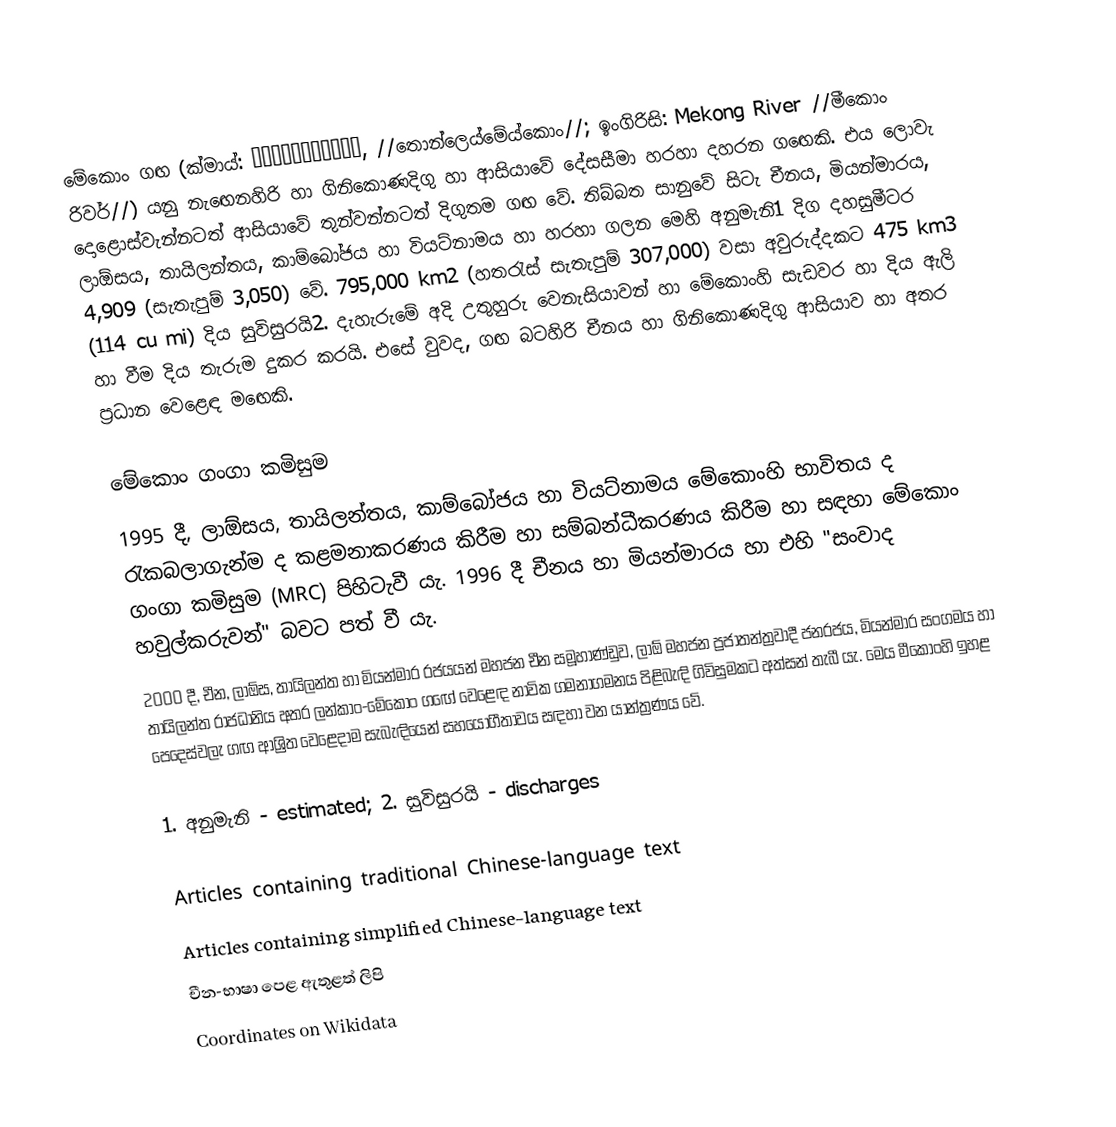
මේකොං ගඟ (ක්මාය්: ទន្លេមេគង្គ, //තොන්ලෙය්මේය්කොං//; ඉංගිරිසි: Mekong River //මීකොං රිවර්//) යනු නැඟෙනහිරි හා ගිනිකොණදිගු හා ආසියාවේ දේසසීමා හරහා දහරන ගඟෙකි. එය ලොවැ දොළොස්වැන්නටත් ආසියාවේ තුන්වන්නටත් දිගුතම ගඟ වේ. තිබ්බත සානුවේ සිටැ චීනය, මියන්මාරය, ලාඕසය, තායිලන්තය, කාම්බෝජය හා වියට්නාමය හා හරහා ගලන මෙහි අනුමැනි1 දිග දහසුමීටර 4,909 (සැතැපුම් 3,050) වේ. 795,000 km2 (හතරැස් සැතැපුම් 307,000) වසා අවුරුද්දකට 475 km3 (114 cu mi) දිය සුවිසුරයි2. දැහැරුමේ අදි උතුහුරු වෙනැසියාවන් හා මේකොංහි සැඩවර හා දිය ඇලි හා වීම දිය තැරුම දුකර කරයි. එසේ වුවද, ගඟ බටහිරි චීනය හා ගිනිකොණදිගු ආසියාව හා අතර ප්‍රධාන වෙළෙඳ මඟෙකි.

මේකොං ගංගා කමිසුම
1995 දී, ලාඕසය, තායිලන්තය, කාම්බෝජය හා වියට්නාමය මේකොංහි භාවිතය ද රැකබලාගැන්ම ද කළමනාකරණය කිරීම හා සම්බන්ධීකරණය කිරීම හා සඳහා මේකොං ගංගා කමිසුම (MRC) පිහිටැවී යැ. 1996 දී චීනය හා මියන්මාරය හා එහි "සංවාද හවුල්කරුවන්" බවට පත් වී යැ.
2000 දී, චීන, ලාඕස, තායිලන්ත හා මියන්මාර රජයයන් මහජන චීන සමූහාණ්ඩුව, ලාඕ මහජන ප්‍රජාතන්ත්‍රවාදී ජනරජය, මියන්මාර සංගමය හා තායිලන්ත රාජධානිය අතර ලන්කාං-මේකොං ගඟේ වෙළෙඳ නාවික ගමනාගමනය පිළිබැඳි ගිවිසුමකට අත්සන් තැබී යැ. මෙය මීකොංහි ඉහළ පෙදෙස්වලැ ගඟ ආශ්‍රිත වෙළෙදාම සැබැඳියෙන් සහයෝගීතාවය සඳහා වන යාන්ත්‍රණය වේ.

1. අනුමැනි - estimated; 2. සුවිසුරයි - discharges

Articles containing traditional Chinese-language text
Articles containing simplified Chinese-language text
චීන-භාෂා පෙළ ඇතුළත් ලිපි
Coordinates on Wikidata